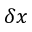
{ \delta } x